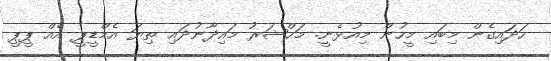
ހަދައިގެން މިބައި މީހުން މިއުޅެނީ. މަޙްޝަރު މައިދާނުދައި ތިޔަ އެމްޑީޕީ އެއް ޕީޕީ